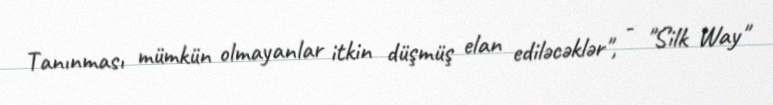
Tanınması mümkün olmayanlar itkin düşmüş elan ediləcəklər", - "Silk Way"